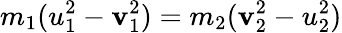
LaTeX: m_{1}(u_{1}^{2}-\mathbf{v}_{1}^{2})=m_{2}(\mathbf{v}_{2}^{2}-u_{2}^{2})